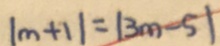
\vert m + 1 \vert = \vert 3 m - 5 \vert